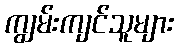
ကျွမ်းကျင်သူများ